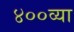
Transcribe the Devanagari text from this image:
४००व्या